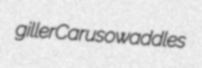
giller Caruso waddles